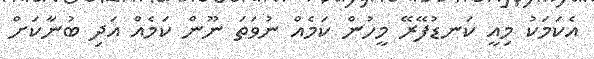
އެކަމަކު މިއީ ކަނޑުފޭރޭ މީހުން ކަމެއް ނުވަތަ ނޫން ކަމެއް އަދި ބުނާކަށް